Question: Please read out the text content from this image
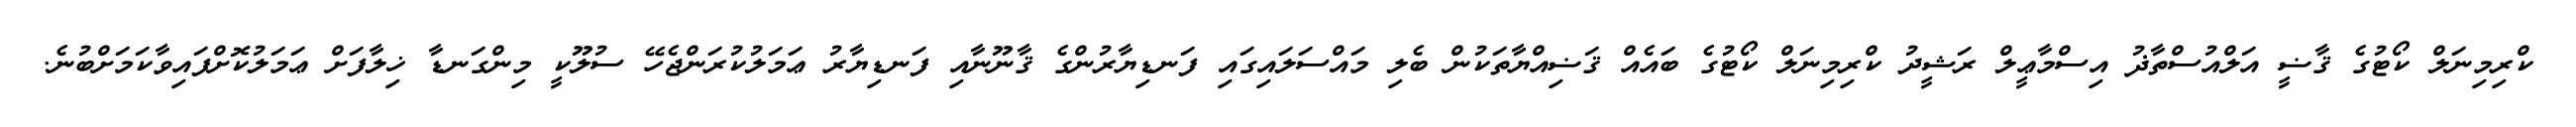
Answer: ކްރިމިނަލް ކޯޓުގެ ޤާޟީ އަލްއުސްތާޛު އިސްމާޢީލް ރަޝީދު ކްރިމިނަލް ކޯޓުގެ ބައެއް ޤަޟިއްޔާތަކުން ބެލި މައްސަލައިގައި ފަނޑިޔާރުންގެ ޤާނޫނާއި ފަނޑިޔާރު ޢަމަލުކުރަންޖެހޭ ސުލޫކީ މިންގަނޑާ ޚިލާފަށް ޢަމަލުކޮށްފައިވާކަމަށްބުނެ.